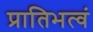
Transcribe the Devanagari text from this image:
प्रातिभत्वं